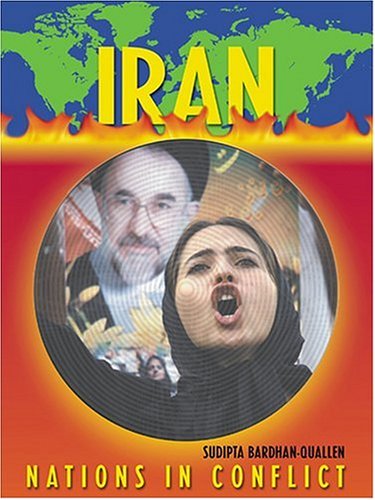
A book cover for Nations in Conflict - Iran; Sudipta Bardhan-Quallen; Children's Books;